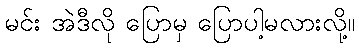
မင်း အဲဒီလို ပြောမှ ပြောပါ့မလားလို့။